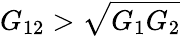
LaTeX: G_{12}>\sqrt{G_{1}G_{2}}